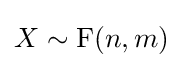
X\sim \operatorname {F} (n,m)